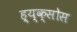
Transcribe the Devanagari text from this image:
ह्य्क्सोस